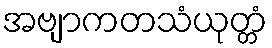
အဗျာကတသံယုတ္တံ